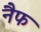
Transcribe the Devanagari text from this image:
नैफ